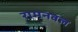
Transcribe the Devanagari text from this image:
रामनवल